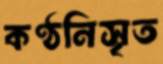
কণ্ঠনিসৃত